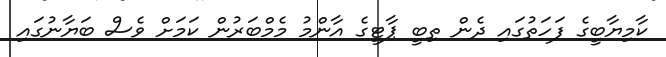
ކާމިޔާބީގެ ފަހަތުގައި ދެން ތިބީ ޕާޓީގެ އާންމު މެމްބަރުން ކަމަށް ވެސް ބަޔާނުގައި